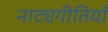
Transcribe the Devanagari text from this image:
नाट्यगीतियाँ